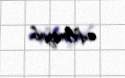
edilməyib.